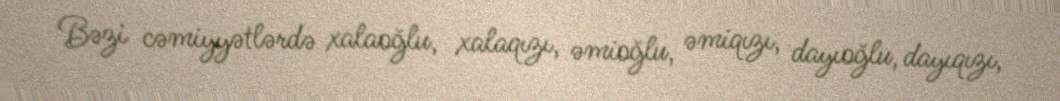
Bəzi cəmiyyətlərdə xalaoğlu, xalaqızı, əmioğlu, əmiqızı, dayıoğlu, dayıqızı,